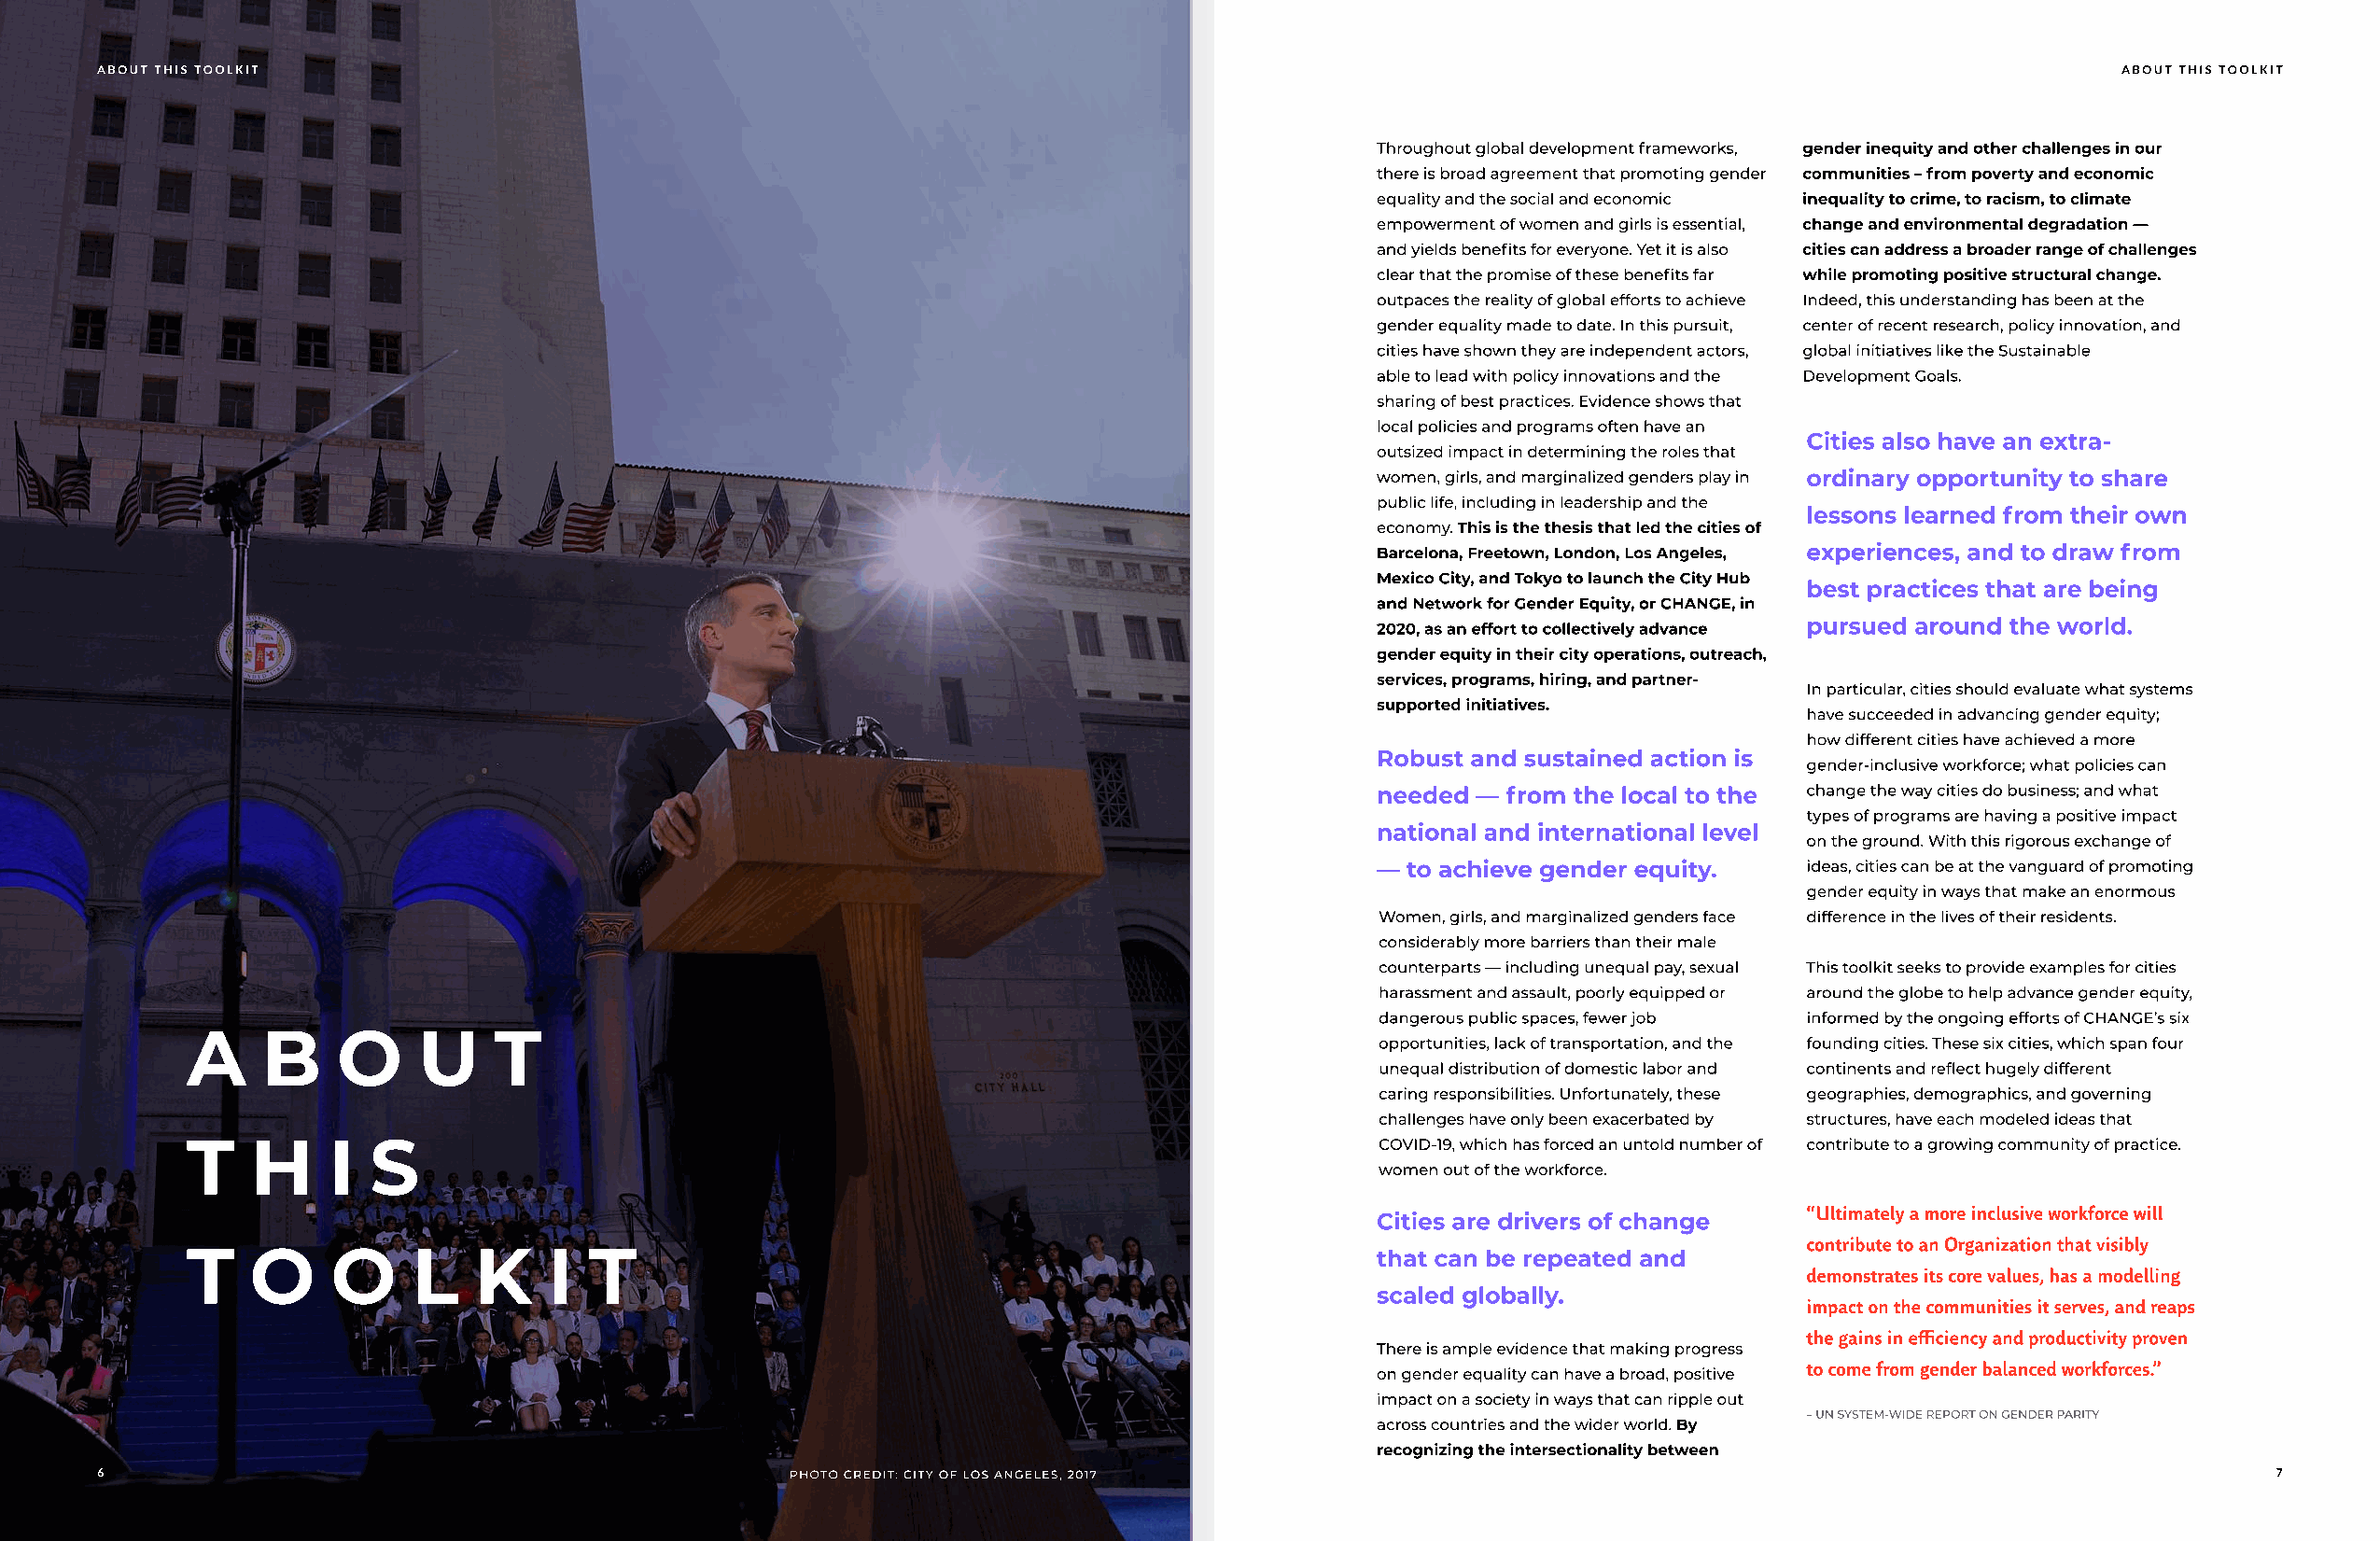
ABOUT THIS TOOLKIT                                                                                                                              ABOUT THIS TOOLKIT
 Throughout global development frameworks, gender inequity and other challenges in our
 there is broad agreement that promoting gender communities – from poverty and economic
 equality and the social and economic inequality to crime, to racism, to climate
 empowerment of women and girls is essential, change and environmental degradation —
 and yields benefits for everyone. Yet it is also cities can address a broader range of challenges
 clear that the promise of these benefits far while promoting positive structural change.
 outpaces the reality of global efforts to achieve Indeed, this understanding has been at the
 gender equality made to date. In this pursuit, center of recent research, policy innovation, and
 cities have shown they are independent actors, global initiatives like the Sustainable
 able to lead with policy innovations and the Development Goals.
 sharing of best practices. Evidence shows that
 local policies and programs often have an
 Cities also have an extra-
 outsized impact in determining the roles that
 women, girls, and marginalized genders play in ordinary opportunity to share
 public life, including in leadership and the
 lessons learned from their own
 economy. This is the thesis that led the cities of
 Barcelona, Freetown, London, Los Angeles, experiences, and to draw from
 Mexico City, and Tokyo to launch the City Hub best practices that are being
 and Network for Gender Equity, or CHANGE, in
 pursued around the world.
 2020, as an effort to collectively advance
 gender equity in their city operations, outreach,
 services, programs, hiring, and partner-
 In particular, cities should evaluate what systems
 supported initiatives.
 have succeeded in advancing gender equity;
 how different cities have achieved a more
 Robust and sustained action is
 gender-inclusive workforce; what policies can
 needed — from the local to the change the way cities do business; and what
 types of programs are having a positive impact
 national and international level
 on the ground. With this rigorous exchange of
 — to achieve gender equity.   ideas, cities can be at the vanguard of promoting
 gender equity in ways that make an enormous
 Women, girls, and marginalized genders face difference in the lives of their residents.
 considerably more barriers than their male
 counterparts — including unequal pay, sexual This toolkit seeks to provide examples for cities
 harassment and assault, poorly equipped or around the globe to help advance gender equity,
 A     b    o     u    t                                                              dangerous public spaces, fewer job informed by the ongoing efforts of CHANGE’s six
 opportunities, lack of transportation, and the founding cities. These six cities, which span four
 unequal distribution of domestic labor and continents and reflect hugely different
 caring responsibilities. Unfortunately, these geographies, demographics, and governing
 challenges have only been exacerbated by structures, have each modeled ideas that
 t    h    i  s
 COVID-19, which has forced an untold number of contribute to a growing community of practice.
 women out of the workforce.
 Cities are drivers of change  “Ultimately a more inclusive workforce will
 T    o    o     l    k    i  t                                                                                     contribute to an Organization that visibly
 that can be repeated and
 demonstrates its core values, has a modelling
 scaled globally.
 impact on the communities it serves, and reaps
 the gains in efficiency and productivity proven
 There is ample evidence that making progress
 to come from gender balanced workforces.”
 on gender equality can have a broad, positive
 impact on a society in ways that can ripple out
 across countries and the wider world. By
 recognizing the intersectionality between
 6                                                photo credit: city of los angeles, 2017                                                                  7